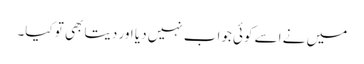
میں نے اسے کوئی جواب نہیں دیا اور دیتا بھی تو کیا۔